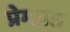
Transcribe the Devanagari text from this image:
प्रेमव्रत